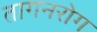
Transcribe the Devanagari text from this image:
तागनरोग